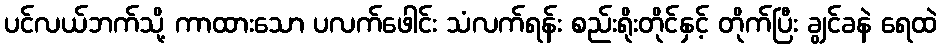
ပင်လယ်ဘက်သို့ ကာထားသော ပလက်ဖေါင်း သံလက်ရန်း စည်းရိုးတိုင်နှင့် တိုက်ပြီး ချွင်ခနဲ ရေထဲ